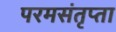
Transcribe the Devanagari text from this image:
परमसंतृप्ता